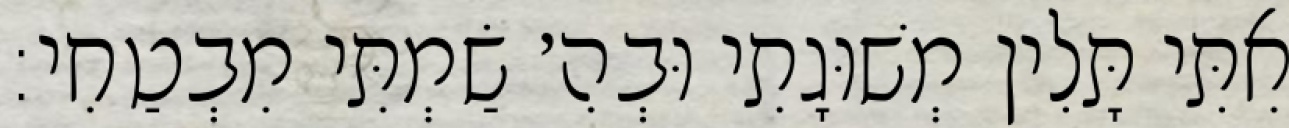
אִתִּי תָּלִין מְשׁוּגָתִי וּבְהִ׳ שַׂמְתִּי מִבְטַחִי: